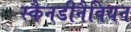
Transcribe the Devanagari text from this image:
स्कैनडीनैवियन